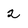
Character: 2